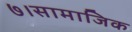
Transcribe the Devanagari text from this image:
७।सामाजिक